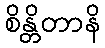
စိန္တိတာနိ